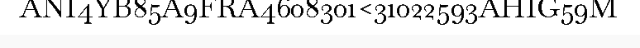
ANI4YB85A9FRA4608301<31022593AHIG59M